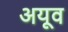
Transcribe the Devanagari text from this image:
अयूव